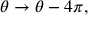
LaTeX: \theta \rightarrow \theta - 4 \pi ,